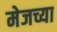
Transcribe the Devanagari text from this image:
मेजच्या